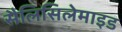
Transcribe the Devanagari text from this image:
सैलिसिलेमाइड